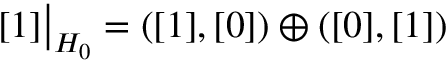
[ 1 ] \bigr | _ { H _ { 0 } } = ( [ 1 ] , [ 0 ] ) \oplus ( [ 0 ] , [ 1 ] )